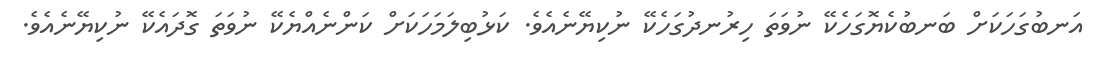
އަނބުގަހަކަށް ބަނބުކެޔޮގަހެކޭ ނުވަތަ ހިރުނދުގަހެކޭ ނުކިޔޭނެއެވެ. ކަޅުބިލަމަހަކަށް ކަންނެއްޔެކޭ ނުވަތަ ގޮދައެކޭ ނުކިޔޭނެއެވެ.